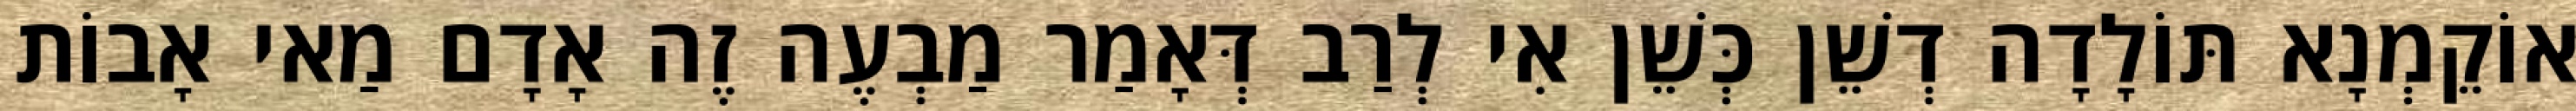
אוֹקֵמְנָא תּוֹלָדָה דְשֵׁן כְּשֵׁן אִי לְרַב דְּאָמַר מַבְעֶה זֶה אָדָם מַאי אָבוֹת